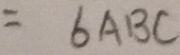
= 6 A B C